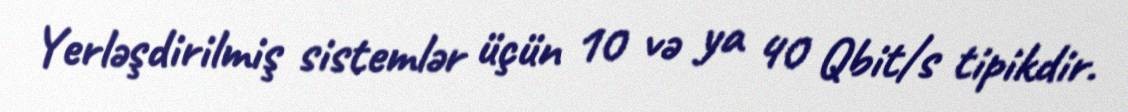
Yerləşdirilmiş sistemlər üçün 10 və ya 40 Qbit/s tipikdir.